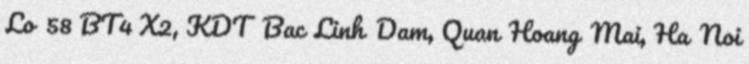
Lo 58 BT4 X2, KDT Bac Linh Dam, Quan Hoang Mai, Ha Noi